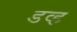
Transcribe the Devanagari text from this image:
डव्ह